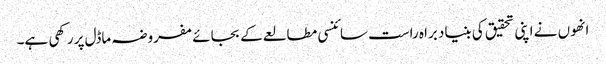
انھوں نے اپنی تحقیق کی بنیاد براہ راست سائنسی مطالعے کے بجائے مفروضہ ماڈل پر رکھی ہے۔